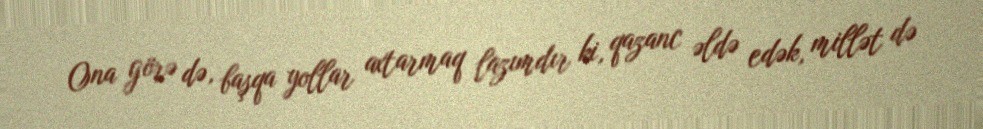
Ona görə də, başqa yollar axtarmaq lazımdır ki, qazanc əldə edək, millət də